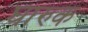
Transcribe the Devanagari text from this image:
घारुक